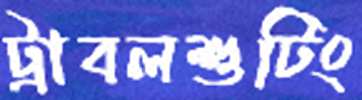
ট্রাবলশুটিং